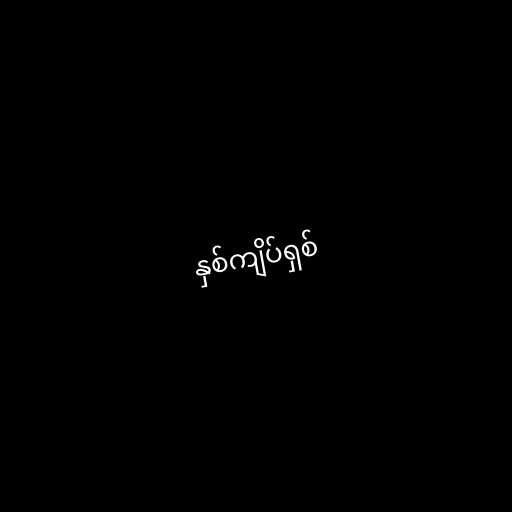
နှစ်ကျိပ်ရှစ်